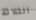
الثلاثة